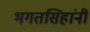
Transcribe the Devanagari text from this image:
भगतसिहांनी